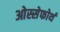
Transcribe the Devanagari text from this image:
ओस्सेफोर्थ